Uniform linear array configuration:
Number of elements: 64
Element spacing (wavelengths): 0.5
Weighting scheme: uniform
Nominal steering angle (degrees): -30
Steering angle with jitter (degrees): -31.809
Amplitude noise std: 0.05
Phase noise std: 0.05

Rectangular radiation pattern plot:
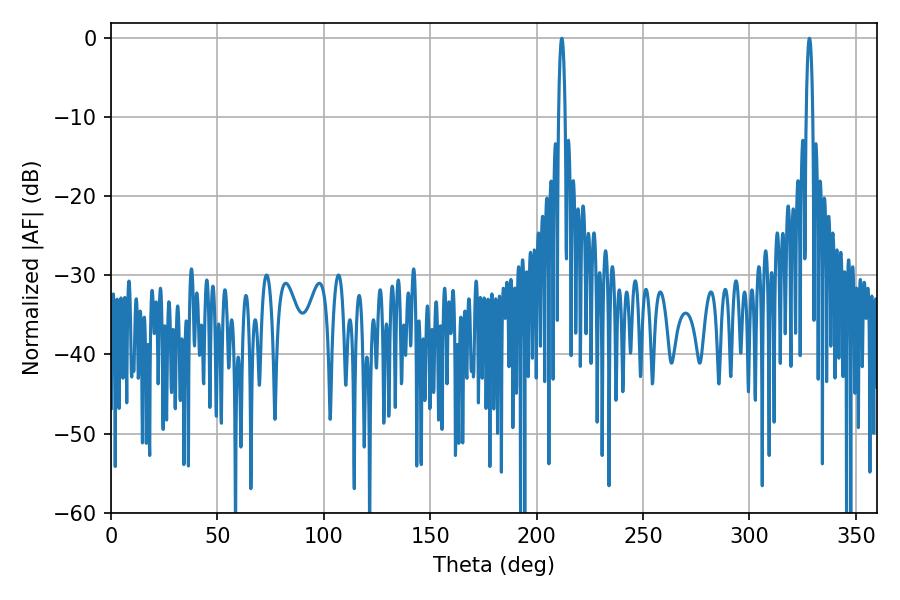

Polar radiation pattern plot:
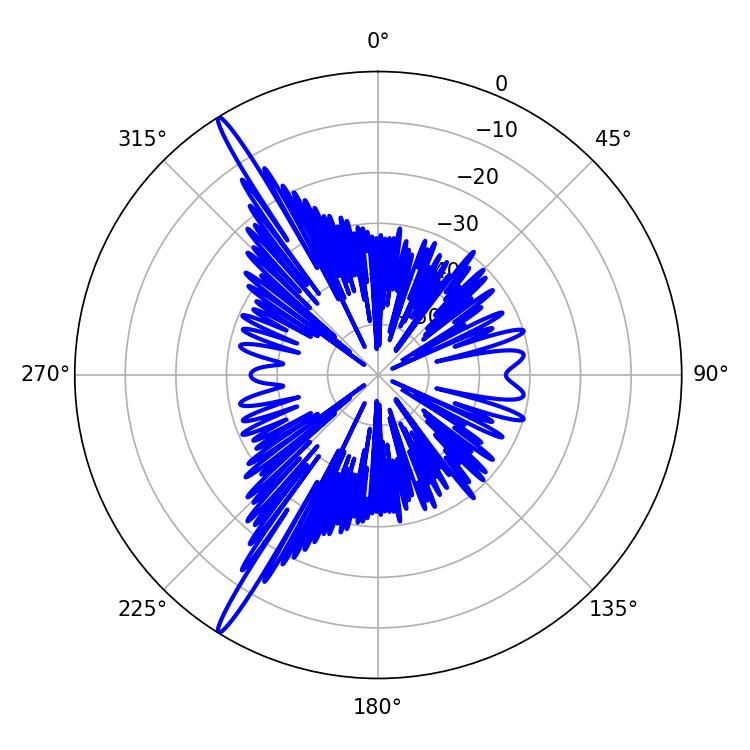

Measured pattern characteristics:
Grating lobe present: FALSE
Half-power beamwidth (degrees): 1.62
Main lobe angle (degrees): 211.86